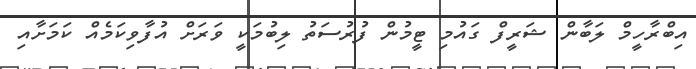
އިބްރާހީމް ލަބާން ޝަރީފް ގައުމި ޓީމުން ފުރުސަތު ލިބުމަކީ ވަރަށް އުފާވިކަމެއް ކަމަށާއި